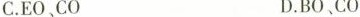
C.EO、CO D.BO、CO